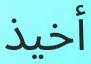
أخيذ